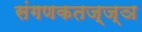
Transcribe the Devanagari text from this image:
संगणकतज्‍ज्ञ